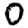
Digit: 0